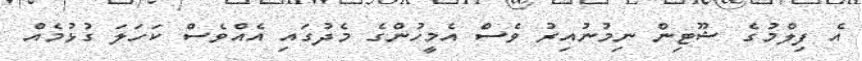
އެ ފިލްމުގެ ޝޫޓިން ނިމުނުއިރު ވެސް އެމީހުންގެ މެދުގައި އެއްވެސް ކަހަލަ ގުޅުމެއް